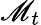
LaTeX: \mathscr{M}_{t}